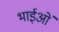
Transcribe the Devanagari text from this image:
भाईओं